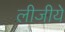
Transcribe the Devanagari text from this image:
लीजीये